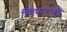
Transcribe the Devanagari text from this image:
स्विकाराकडे